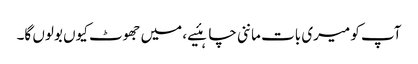
آپ کو میری بات ماننی چاہئیے، میں جھوٹ کیوں بولوں گا۔